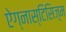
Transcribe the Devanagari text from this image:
ऐग्नास्टिसिज़्म